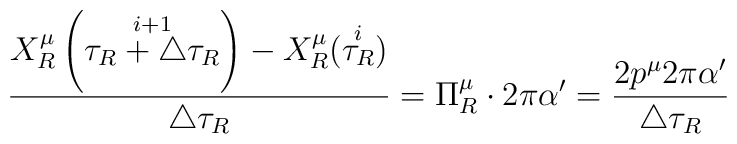
\frac{X^\mu_R\left(\stackrel{i+1}{\tau_R+\triangle\tau_R}\right)-X^\mu_R(\stackrel{i}{\tau_R})}{\triangle\tau_R}=\Pi^\mu_R\cdot2\pi\alpha'=\frac{2p^\mu2\pi\alpha'}{\triangle\tau_R}